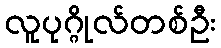
လူပုဂ္ဂိုလ်တစ်ဦး